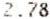
2.78